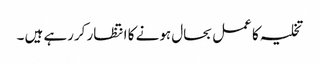
تخلیہ کا عمل بحال ہونے کا انتظار کررہے ہیں ۔